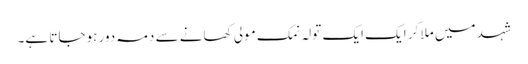
شہد میں ملا کر ایک ایک تولہ نمک مولی کھانے سے دمہ دور ہوجاتا ہے۔